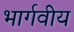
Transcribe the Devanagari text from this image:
भार्गवीय